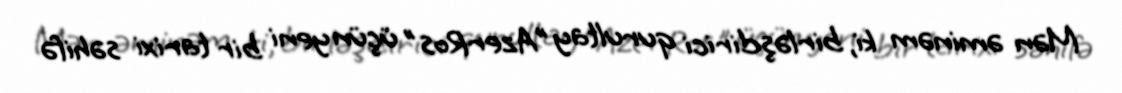
Mən əminəm ki, birləşdirici qurultay ”AzerRos" üçün yeni bir tarixi səhifə